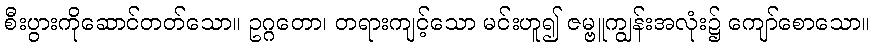
စီးပွားကိုဆောင်တတ်သော။ ဥဂ္ဂတော၊ တရားကျင့်သော မင်းဟူ၍ ဇမ္ဗူကျွန်းအလုံး၌ ကျော်စောသော။